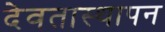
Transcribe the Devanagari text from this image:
देवतास्थापन